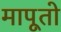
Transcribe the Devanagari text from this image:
मापूतो